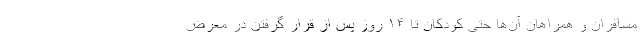
مسافران و همراهان آن‌ها حتی کودکان تا ۱۴ روز پس از قرار گرفتن در معرض